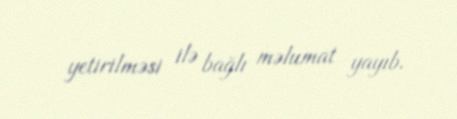
yetirilməsi ilə bağlı məlumat yayıb.